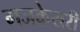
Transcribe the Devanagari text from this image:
गजकेसरी